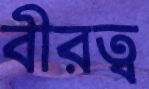
বীরত্ব